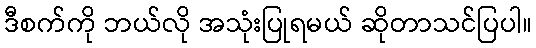
ဒီစက်ကို ဘယ်လို အသုံးပြုရမယ် ဆိုတာသင်ပြပါ။